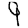
Digit: 9